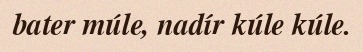
bater múle, nadír kúle kúle.